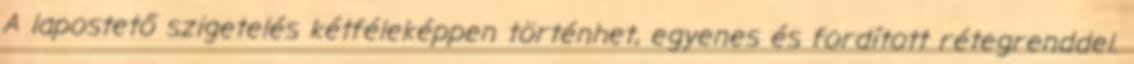
A lapostető szigetelés kétféleképpen történhet, egyenes és fordított rétegrenddel.